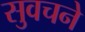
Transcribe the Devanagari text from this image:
सुवचने